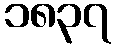
၁၈၃၇